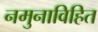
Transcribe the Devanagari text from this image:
नमुनाविहित